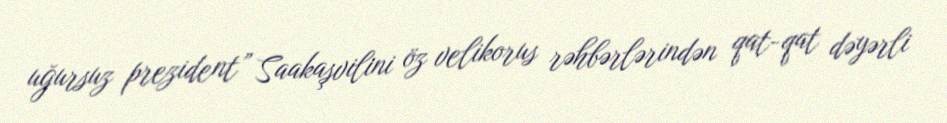
uğursuz prezident” Saakaşvilini öz velikorus rəhbərlərindən qat-qat dəyərli